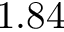
1 . 8 4